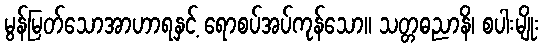
မွန်မြတ်သောအာဟာရနှင့် ရောစပ်အပ်ကုန်သော။ သတ္တဓညာနိ၊ စပါးမျိုး